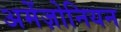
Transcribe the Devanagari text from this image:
अमेंज़ोनियन